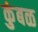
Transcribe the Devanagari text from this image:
कुंबळ